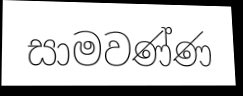
සාමවණ්ණ